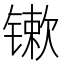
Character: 𨱒